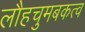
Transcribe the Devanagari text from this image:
लौहचुमबकत्व